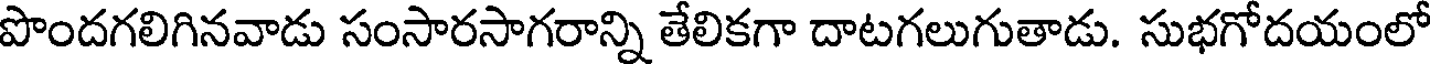
పొందగలిగినవాడు సంసారసాగరాన్ని తేలికగా దాటగలుగుతాడు. సుభగోదయంలో